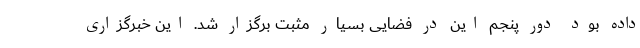
داده بود دور پنجم این در فضایی بسیار مثبت برگزار شد. این خبرگزاری